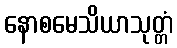
နောစမေသိယာသုတ္တံ